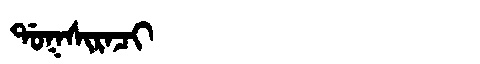
Manchu: ᡩᠣᡴᠰᡳᡵᠠᠴᡳ
Romanization: DOKSIRACI